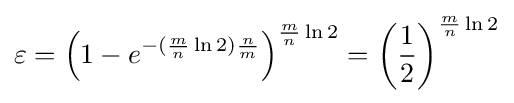
\varepsilon =\left(1-e^{-({\frac {m}{n}}\ln 2){\frac {n}{m}}}\right)^{{\frac {m}{n}}\ln 2}=\left({\frac {1}{2}}\right)^{{\frac {m}{n}}\ln 2}